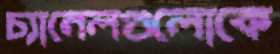
চ্যানেলগুলোকে